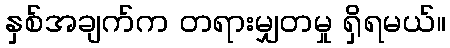
နှစ်အချက်က တရားမျှတမှု ရှိရမယ်။